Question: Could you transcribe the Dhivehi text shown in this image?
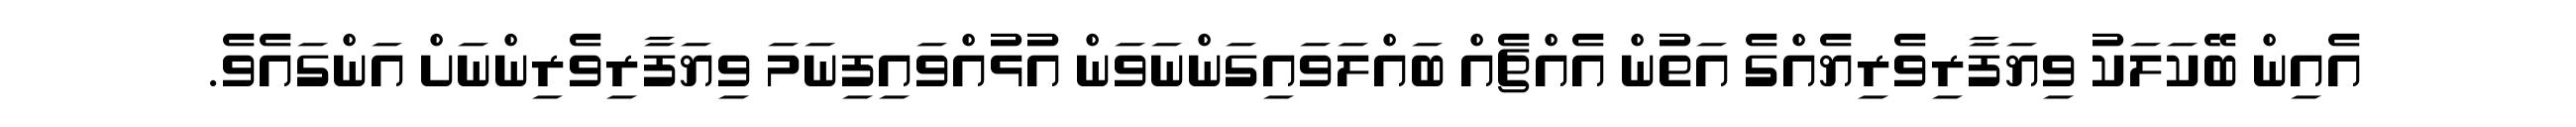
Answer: އެއިން ބޭކަލަކު ވިޔަފާރިވެރިޔެއްގެ އަތުން އެއްޗެއް ބައްލަވައިގަންނަވަން އުޅުއްވައިފިނަމަ ވިޔަފާރިވެރިންނަށް އަންގައެވެ.